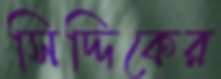
সিদ্দিকের